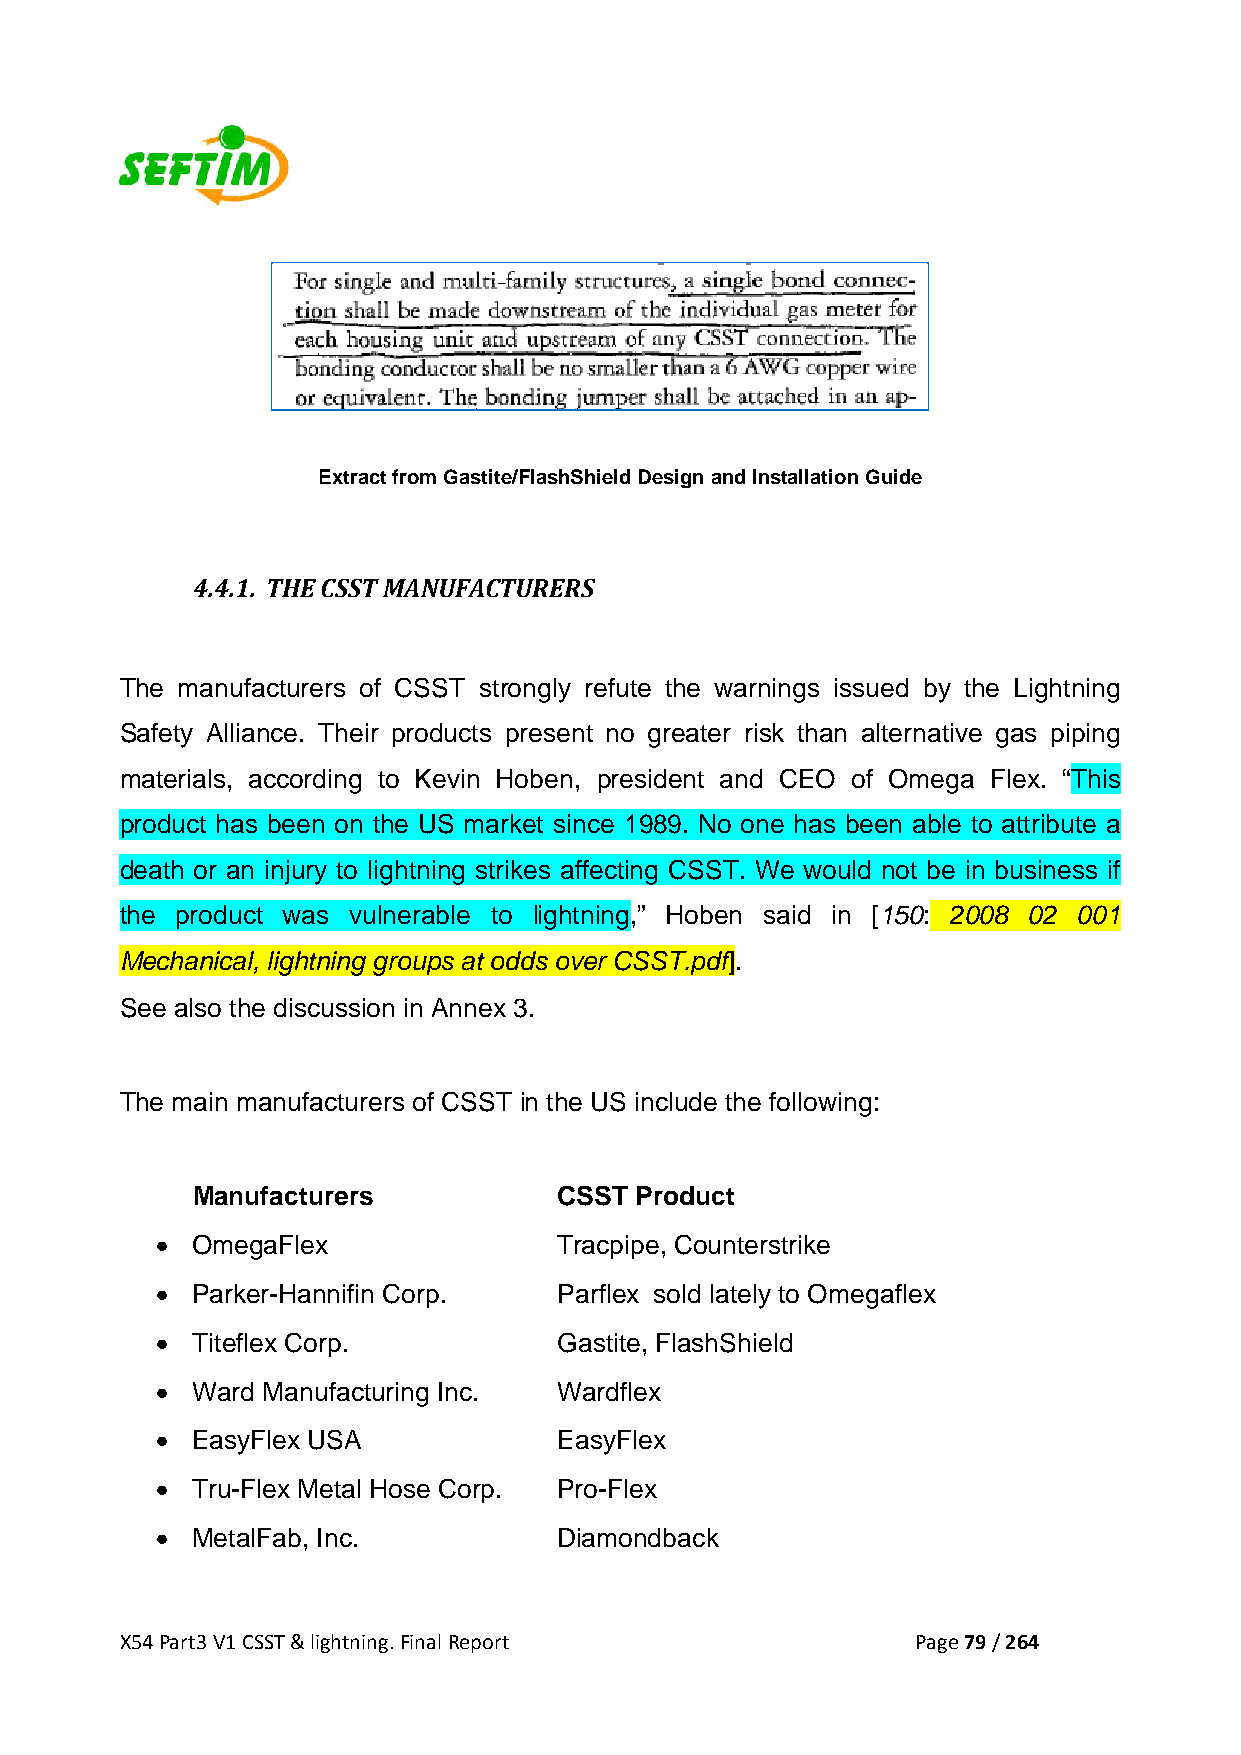
Extract from Gastite/FlashShield Design and Installation Guide
 4.4.1. THE CSST MANUFACTURERS
 The manufacturers of CSST strongly refute the warnings issued by the Lightning
 Safety Alliance. Their products present no greater risk than alternative gas piping
 materials, according to Kevin Hoben, president and CEO of Omega Flex. “This
 product has been on the US market since 1989. No one has been able to attribute a
 death or an injury to lightning strikes affecting CSST. We would not be in business if
 the product was vulnerable to lightning,” Hoben said in [150: 2008 02 001
 Mechanical, lightning groups at odds over CSST.pdf].
 See also the discussion in Annex 3.
 The main manufacturers of CSST in the US include the following:
 Manufacturers           CSST Product
 •  OmegaFlex               Tracpipe, Counterstrike
 •  Parker-Hannifin Corp.   Parflex sold lately to Omegaflex
 •  Titeflex Corp.          Gastite, FlashShield
 •  Ward Manufacturing Inc. Wardflex
 •  EasyFlex USA            EasyFlex
 •  Tru-Flex Metal Hose Corp. Pro-Flex
 •  MetalFab, Inc.          Diamondback
 X54 Part3 V1 CSST & lightning. Final Report          Page 79 / 264